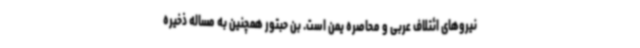
نیروهای ائتلاف عربی و محاصره یمن است. بن حبتور همچنین به مساله ذخیره